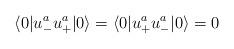
LaTeX: \begin{align*}\langle 0|u^a_- u^a_+|0\rangle = \langle 0|u^a_+ u^a_-|0\rangle =0\end{align*}